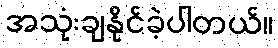
အသုံးချနိုင်ခဲ့ပါတယ်။